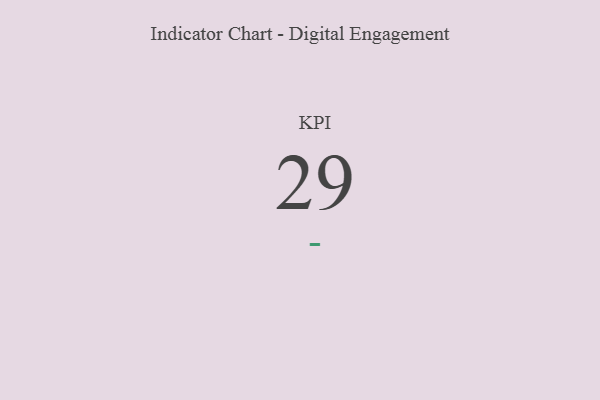
{"axis": {"x": "KPI", "y": "Value"}, "legend": [""], "data": [{"x": "KPI", "y": 29, "type": ""}]}